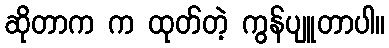
ဆိုတာက က ထုတ်တဲ့ ကွန်ပျူတာပါ။